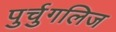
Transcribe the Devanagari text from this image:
पुर्चुगलिज